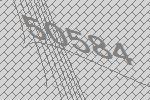
50584